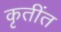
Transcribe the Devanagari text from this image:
कृतींत